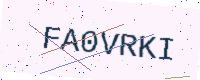
Text: FA0VRKI